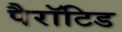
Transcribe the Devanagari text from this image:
पैरॉटिड